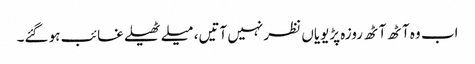
اب وہ آٹھ آٹھ روزہ پڑیویاں نظر نہیں آتیں، میلے ٹھیلے غائب ہو گئے۔